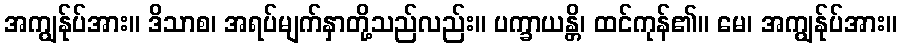
အကျွန်ုပ်အား။ ဒိသာစ၊ အရပ်မျက်နှာတို့သည်လည်း။ ပက္ခာယန္တိ၊ ထင်ကုန်၏။ မေ၊ အကျွန်ုပ်အား။